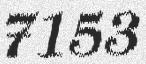
7153